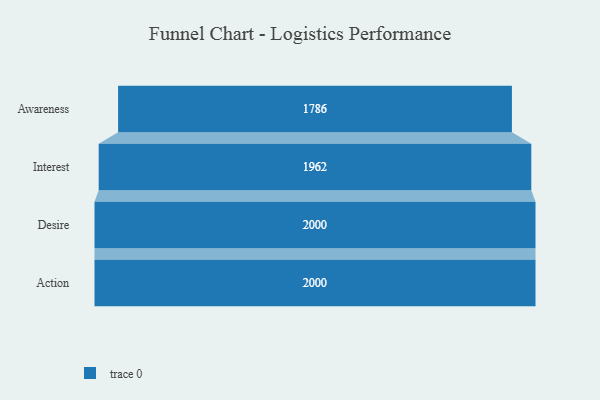
{"axis": {"x": "Stage", "y": "Value"}, "legend": [""], "data": [{"x": "Awareness", "y": 1786.0, "type": ""}, {"x": "Interest", "y": 1962.0, "type": ""}, {"x": "Desire", "y": 2000, "type": ""}, {"x": "Action", "y": 2000, "type": ""}]}